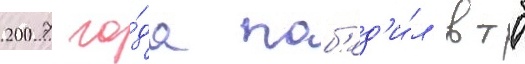
2007 го́да поб'ед'и́л втб